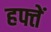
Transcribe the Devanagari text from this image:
हफ्तें